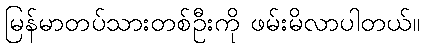
မြန်မာတပ်သားတစ်ဦးကို ဖမ်းမိလာပါတယ်။